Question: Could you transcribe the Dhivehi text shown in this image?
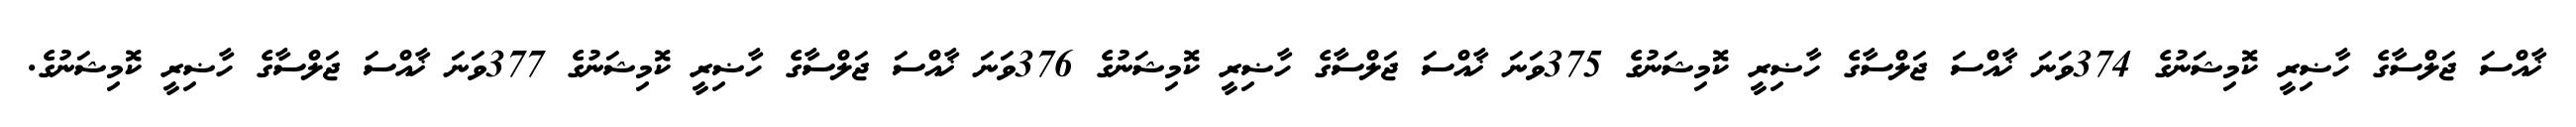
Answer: ޚާއްސަ ޖަލްސާގެ ހާޟިރީ ކޮމިޝަނުގެ 374ވަނަ ޚާއްސަ ޖަލްސާގެ ހާޟިރީ ކޮމިޝަނުގެ 375ވަނަ ޚާއްސަ ޖަލްސާގެ ހާޟިރީ ކޮމިޝަނުގެ 376ވަނަ ޚާއްސަ ޖަލްސާގެ ހާޟިރީ ކޮމިޝަނުގެ 377ވަނަ ޚާއްސަ ޖަލްސާގެ ހާޟިރީ ކޮމިޝަނުގެ.